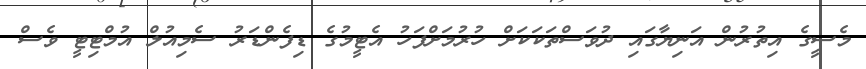
މެސީގެ އިތުރުން އަނިޔާގައި ދުވަސްތަކަކަށް ހުރުމަށްފަހު އެޓީމުގެ ޑިފެންޑަރު ސެމިއުލް އުމްޓިޓީ ވެސް